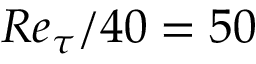
R e _ { \tau } / 4 0 = 5 0